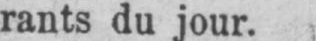
rants du jour.